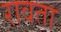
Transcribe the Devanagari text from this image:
रावता